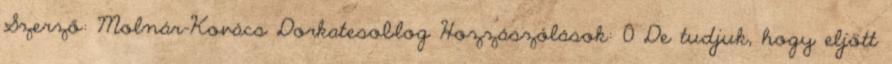
Szerző: Molnár-Kovács Dorkatesoblog Hozzászólások: 0 De tudjuk, hogy eljött